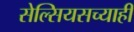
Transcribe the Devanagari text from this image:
सेल्सियसच्याही